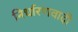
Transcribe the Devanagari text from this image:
निर्धारणवादी